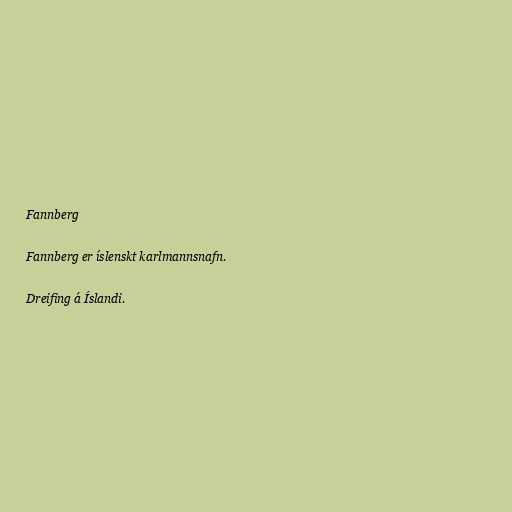
Fannberg

Fannberg er íslenskt karlmannsnafn.

Dreifing á Íslandi.